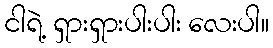
ငါရဲ့ ရှားရှားပါးပါး လေးပါ။